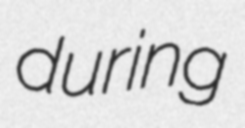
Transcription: during